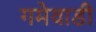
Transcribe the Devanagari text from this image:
गमेवाडी